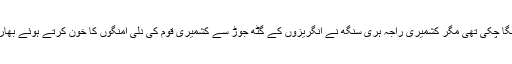
کشمیریوں کی اکثریت الحاق پاکستان کا نعرہ لگا چکی تھی مگر کشمیری راجہ ہری سنگھ نے انگریزوں کے گٹھ جوڑ سے کشمیری قوم کی دلی امنگوں کا خون کرتے ہوئے بھارت کے ساتھ27 اکتوبر1947 کو اتحاد کرلیا۔